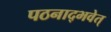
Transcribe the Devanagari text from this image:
पठनाद्भवेत्